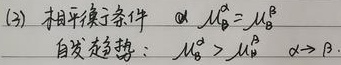
(2) 相平衡条件 \textcircled{1} \(\mu_{B}^{\alpha}=\mu_{B}^{\beta}\)。自发趋势：当\(\mu_{B}^{\alpha}>\mu_{B}^{\beta}\) 时，\(\alpha\rightarrow\beta\)